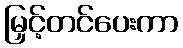
မြှင့်တင်ပေးကာ